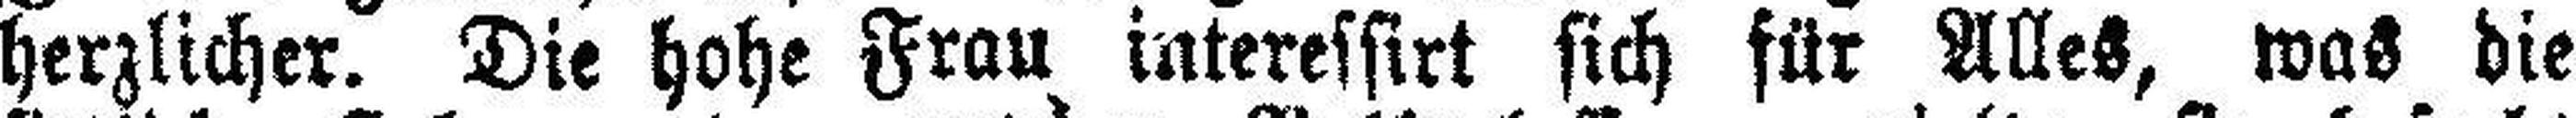
herzlicher. Die hohe Frau interessirt sich für Alles, was die